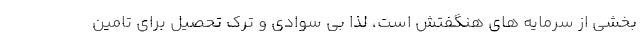
بخشی از سرمایه های هنگفتش است، لذا بی سوادی و ترک تحصیل برای تامین